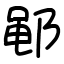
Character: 𫑡